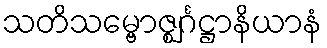
သတိသမ္ဗောဇ္ဈင်္ဂဋ္ဌာနိယာနံ